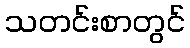
သတင်းစာတွင်